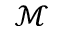
\mathcal { M }